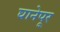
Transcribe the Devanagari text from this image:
घानेपूर